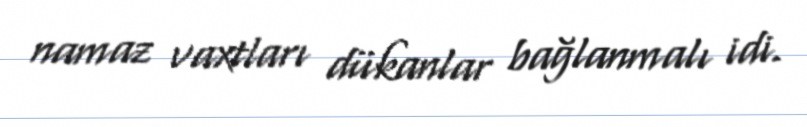
namaz vaxtları dükanlar bağlanmalı idi.